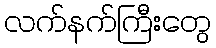
လက်နက်ကြီးတွေ